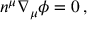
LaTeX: n ^ { \mu } \nabla _ { \mu } \phi = 0 \, ,